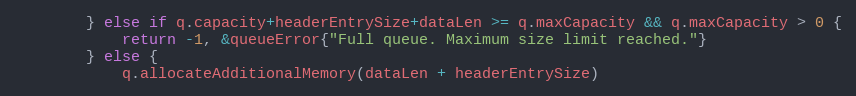
Language: Go
		} else if q.capacity+headerEntrySize+dataLen >= q.maxCapacity && q.maxCapacity > 0 {
			return -1, &queueError{"Full queue. Maximum size limit reached."}
		} else {
			q.allocateAdditionalMemory(dataLen + headerEntrySize)